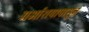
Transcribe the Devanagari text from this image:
गर्भाशयापासून